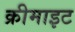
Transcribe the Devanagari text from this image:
क्रीमाइट